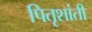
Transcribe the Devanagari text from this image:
पितृशांती